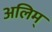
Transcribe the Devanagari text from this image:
अलिम्